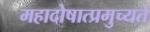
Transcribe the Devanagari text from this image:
महादोषात्प्रमुच्यते